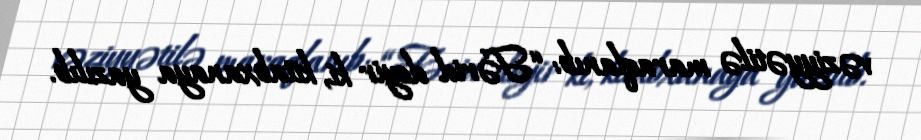
vəziyyətilə maraqlanıb: “Fərid deyir ki, kitabxanaya yazılıb.